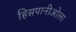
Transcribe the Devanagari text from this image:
हिसपानीओला